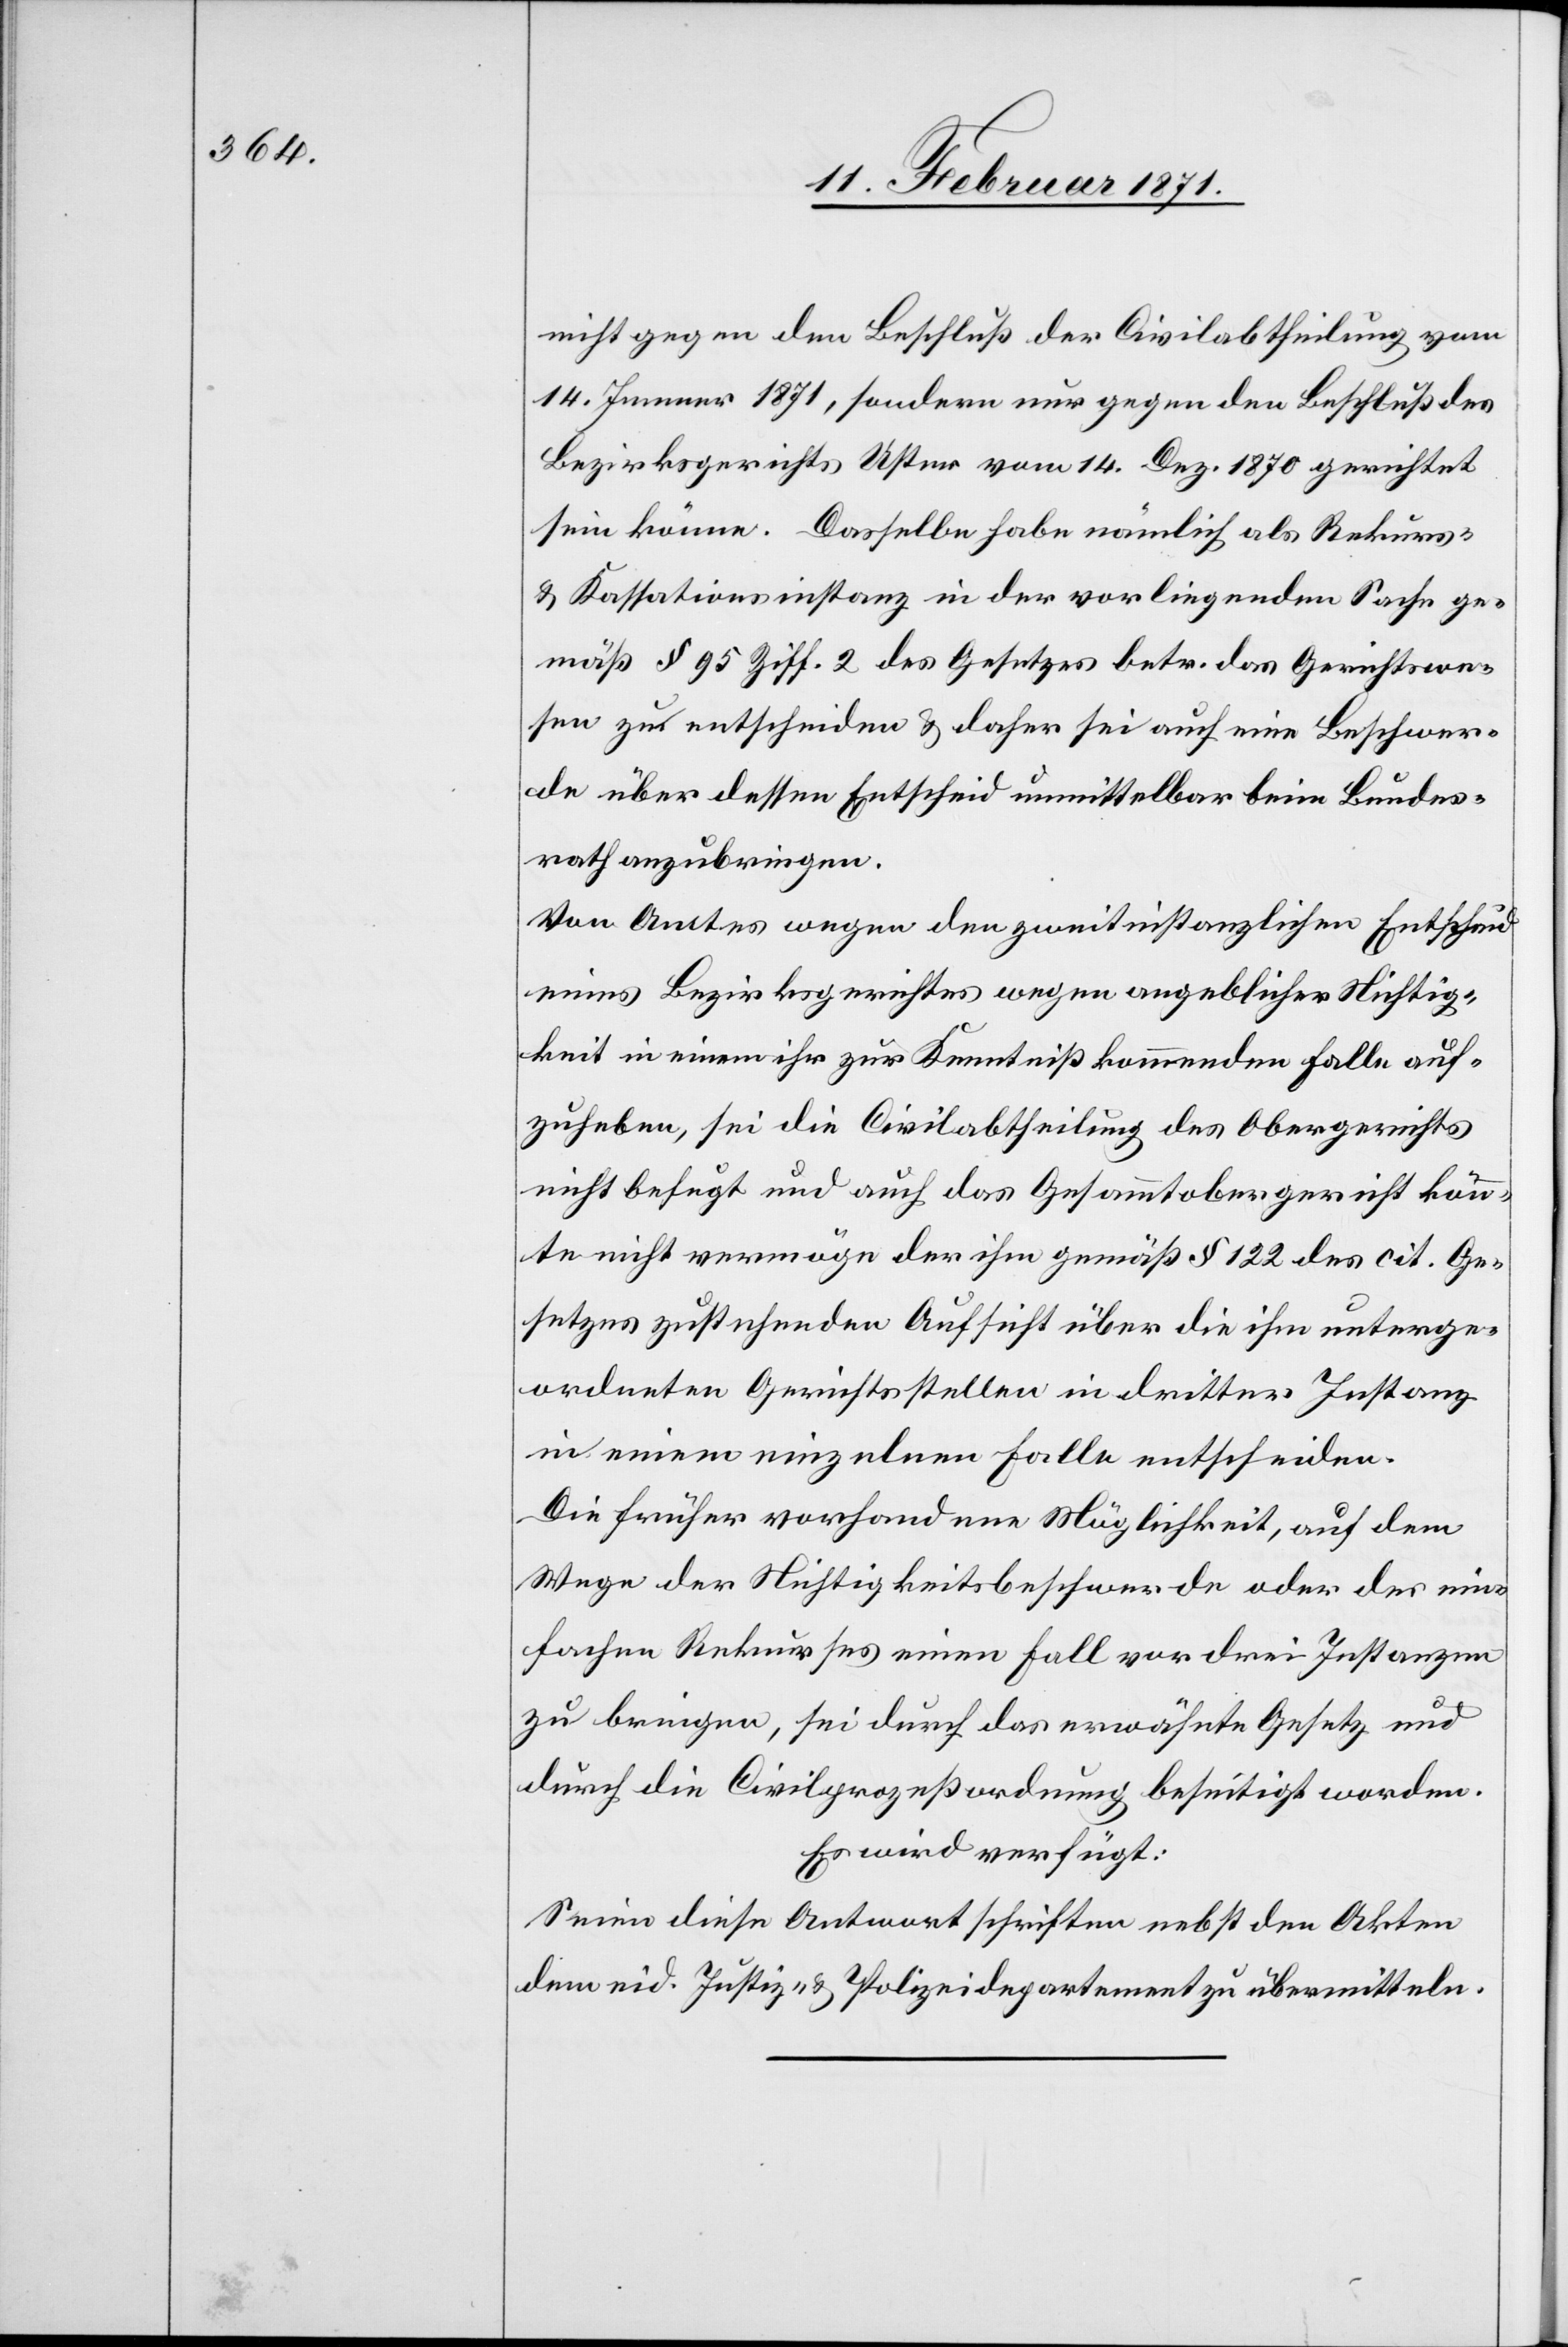
nicht gegen den Beschluß der Civilabtheilung vom
14. Jenner 1871, sondern nur gegen den Beschluß des
Bezirksrathes Uster vom 14. Dez. 1870 gerichtet
sein könne. Dasselbe habe nämlich als Rekurs-
u. Kassationsinstanz in der vorliegenden Sache ge¬
mäß § 95 Ziff. 2 des Gesetztes betr. das Gerichtswe¬
sen zu entscheiden u. daher sei auch eine Beschwer¬
de über dessen Entscheid unmittelbar beim Bundes¬
rath anzubringen.
Von Amtes wegen den zweitinstanzlichen Entscheid
eines Bezirksgerichtes wegen angeblicher Nichtig¬
keit in einem ihr zur Kenntniß kommenden Falle auf¬
zuheben, sei die Civilabtheilung des Obergerichtes
nicht befugt und auch das Gesammtobergericht könn¬
te nicht vermöge der ihm gemäß § 122 des cit. Ge¬
setztes zustehenden Aufsicht über die ihm unterge¬
ordneten Gerichtsstellen in dritter Instanz
in einem einzelnen Falle entscheiden.
Die früher vorhandene Möglichkeit, auf dem
Wege der Nichtigkeitsbeschwerde oder der ein¬
fachen Rekurses einen Fall vor drei Instanzen
zu bringen, sei durch das erwähnte Gesetz und
durch die Civilprozeßordnung beseitigt worden.
Es wird verfügt:
Seien diese Antwortschriften nebst den Akten
dem eid. Justiz- u. Polizeidepartement zu übermitteln.